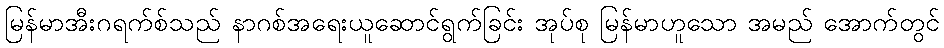
မြန်မာအီးဂရက်စ်သည် နာဂစ်အရေးယူဆောင်ရွက်ခြင်း အုပ်စု မြန်မာဟူသော အမည် အောက်တွင်